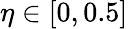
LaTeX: \eta\in[0,0.5]